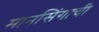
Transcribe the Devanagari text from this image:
मानसिंगाची